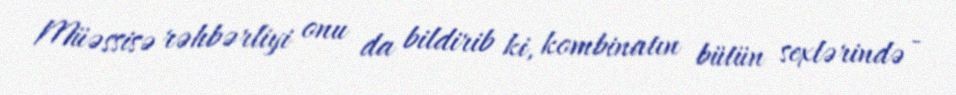
Müəssisə rəhbərliyi onu da bildirib ki, kombinatın bütün sexlərində -